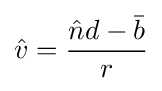
{\hat {v}}={\frac {{\hat {n}}d-{\bar {b}}}{r}}